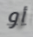
أو